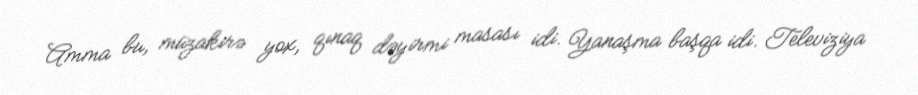
Amma bu, müzakirə yox, qınaq dəyirmi masası idi. Yanaşma başqa idi. Televiziya